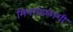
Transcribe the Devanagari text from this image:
मित्रमंडळाची